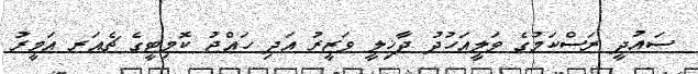
ސައުދީ ރަސްކަމުގެ ވަލީއަހުދު ދާޚިލީ ވަޒީރު އަދި ހައްޖު ކޮމިޓީގެ ޗެއަރ އަމީރު